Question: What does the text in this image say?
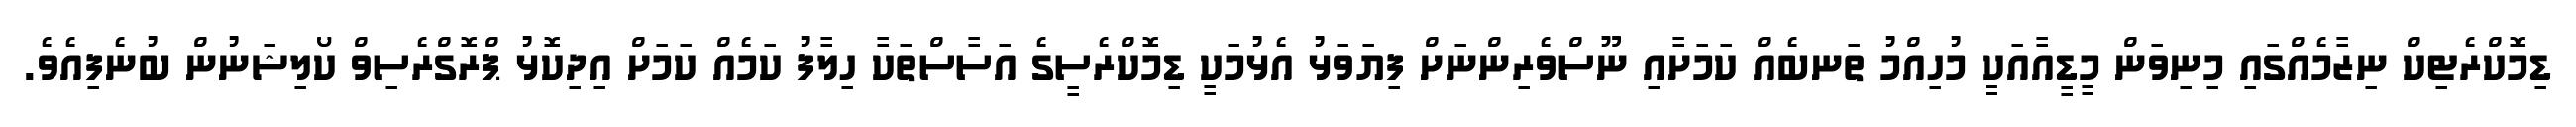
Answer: ޑިމޮކްރެޓިކް ނިޒާމެއްގައި މިނިވަން މީޑީއާއަކީ މުހިއްމު ތަނބެއް ކަމަށާއި ނޫސްވެރިންނަށް ފިޔަވަޅު އެޅުމަކީ ޑިމޮކްރެސީގެ އަސާސްތަކާ ހިލާފު ކަމެއް ކަމަށް އިދިކޮޅު ޕްރޮގްރެސިވް ކޯލިޝަނުން ބުނެފިއެވެ.